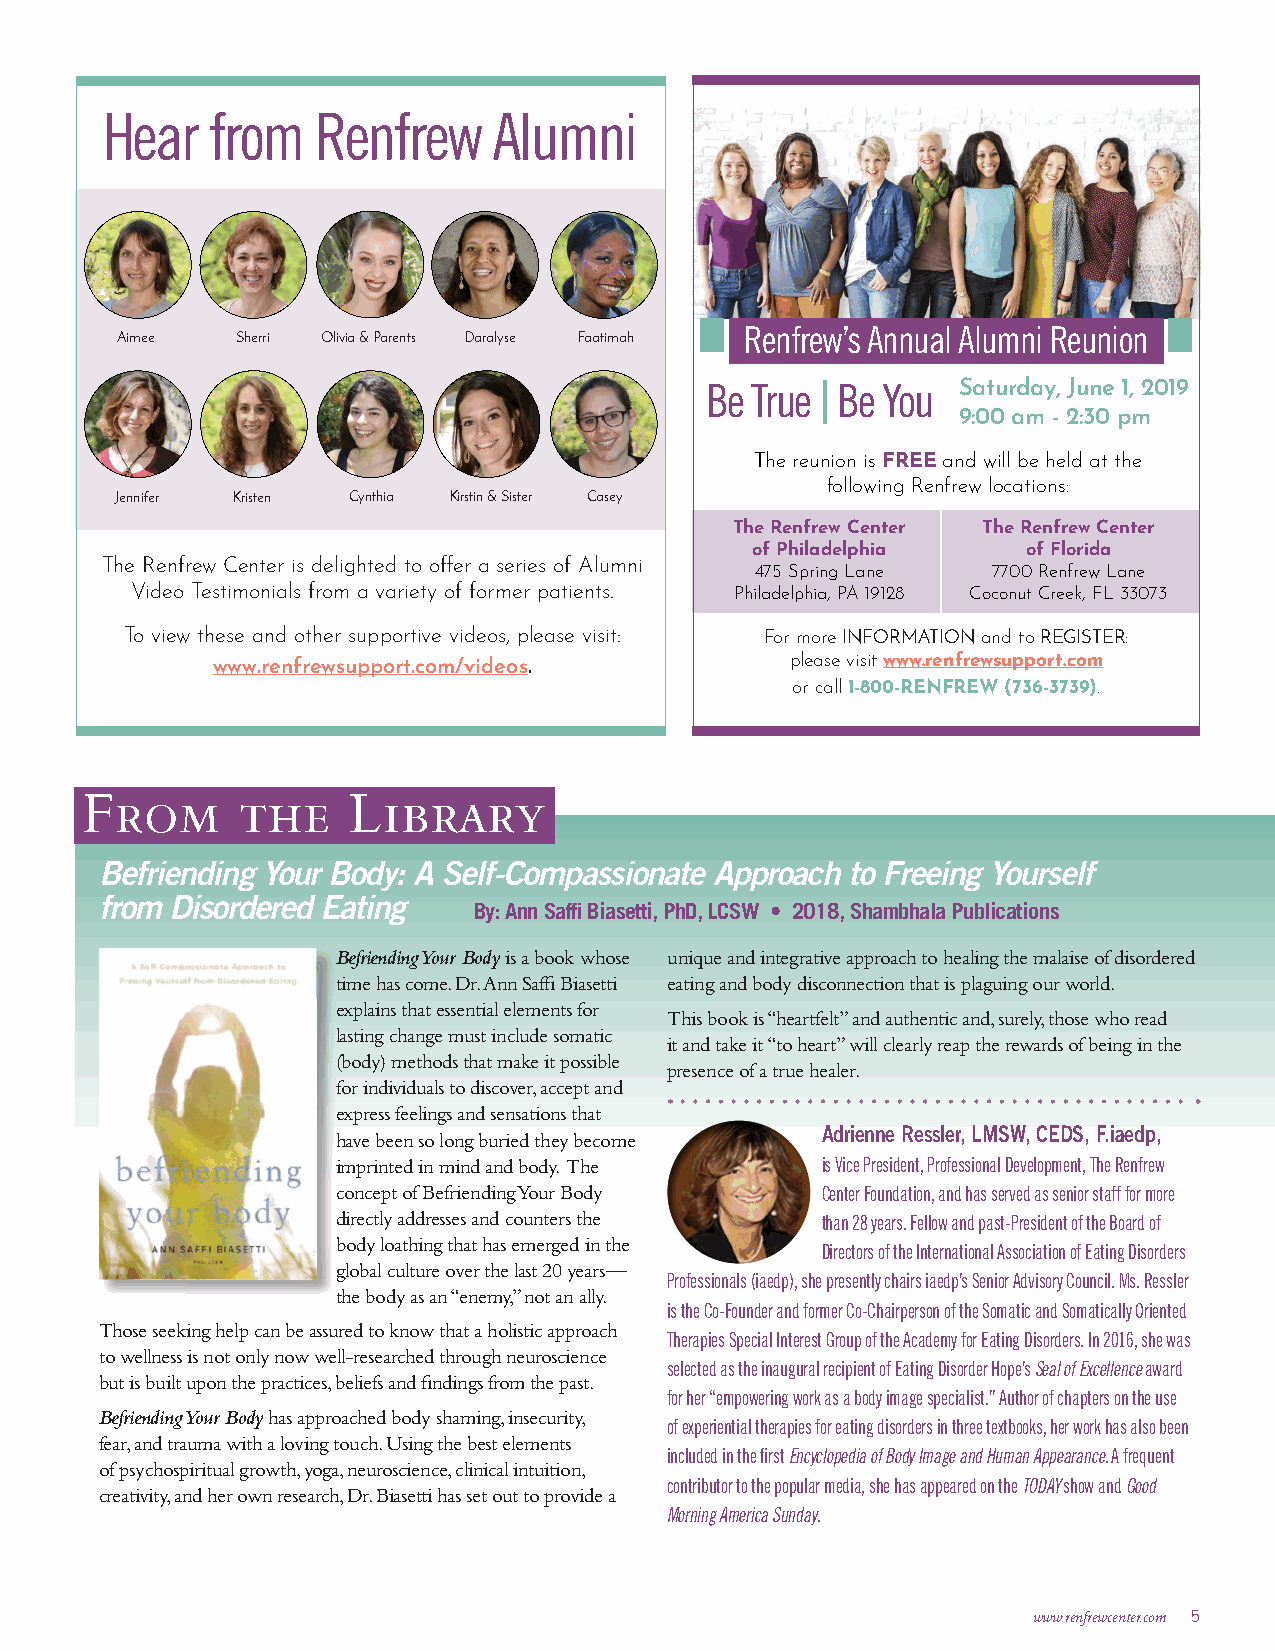
Hear   from   Renfrew     Alumni
 Renfrew’s Annual Alumni Reunion
 Aimee   Sherri Olivia & Parents Daralyse Faatimah
 Be True | Be You Saturday, June 1, 2019
 9:00 am - 2:30 pm
 The reunion is FREE and will be held at the
 following Renfrew locations:
 Jennifer Kristen Cynthia Kirstin & Sister Casey
 The Renfrew Center The Renfrew Center
 of Philadelphia   of Florida
 The Renfrew Center is delighted to offer a series of Alumni
 475 Spring Lane 7700 Renfrew Lane
 Video Testimonials from a variety of former patients. Philadelphia, PA 19128 Coconut Creek, FL 33073
 To view these and other supportive videos, please visit: For more INFORMATION and to REGISTER:
 www.renfrewsupport.com/videos.        please visit www.renfrewsupport.com
 or call 1-800-RENFREW (736-3739).
 From       the    Library
 Befriending Your Body: A Self-Compassionate Approach to Freeing Yourself
 from Disordered Eating
 By: Ann Saffi Biasetti, PhD, LCSW • 2018, Shambhala Publications
 Befriending Your Body is a book whose unique and integrative approach to healing the malaise of disordered
 time has come. Dr. Ann Saffi Biasetti eating and body disconnection that is plaguing our world.
 explains that essential elements for
 This book is “heartfelt” and authentic and, surely, those who read
 lasting change must include somatic
 it and take it “to heart” will clearly reap the rewards of being in the
 (body) methods that make it possible
 presence of a true healer.
 for individuals to discover, accept and
 express feelings and sensations that
 have been so long buried they become Adrienne Ressler, LMSW, CEDS, F.iaedp,
 imprinted in mind and body. The is Vice President, Professional Development, The Renfrew
 concept of Befriending Your Body Center Foundation, and has served as senior staff for more
 directly addresses and counters the than 28 years. Fellow and past-President of the Board of
 body loathing that has emerged in the
 Directors of the International Association of Eating Disorders
 global culture over the last 20 years—
 Professionals (iaedp), she presently chairs iaedp’s Senior Advisory Council. Ms. Ressler
 the body as an “enemy,” not an ally.
 is the Co-Founder and former Co-Chairperson of the Somatic and Somatically Oriented
 Those seeking help can be assured to know that a holistic approach
 Therapies Special Interest Group of the Academy for Eating Disorders. In 2016, she was
 to wellness is not only now well-researched through neuroscience
 selected as the inaugural recipient of Eating Disorder Hope’s Seal of Excellence award
 but is built upon the practices, beliefs and findings from the past.
 for her “empowering work as a body image specialist.” Author of chapters on the use
 Befriending Your Body has approached body shaming, insecurity,
 of experiential therapies for eating disorders in three textbooks, her work has also been
 fear, and trauma with a loving touch. Using the best elements
 included in the first Encyclopedia of Body Image and Human Appearance. A frequent
 of psychospiritual growth, yoga, neuroscience, clinical intuition,
 contributor to the popular media, she has appeared on the TODAY show and Good
 creativity, and her own research, Dr. Biasetti has set out to provide a
 Morning America Sunday.
 www.renfrewcenter.com 5